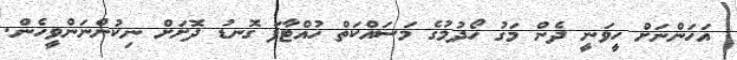
އަހަންނަށް ހީވަނީ ދެން މަގު ހޯދުމުގެ މަސައްކަތް ހުއްޓާފަ ގޮނޑު ދޮށަށް ނިކުންނަންވީހެން.